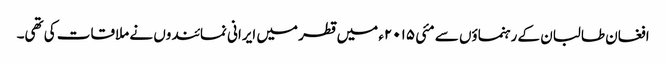
افغان طالبان کے رہنماؤں سے مئی ۲۰۱۵ء میں قطر میں ایرانی نمائندوں نے ملاقات کی تھی۔